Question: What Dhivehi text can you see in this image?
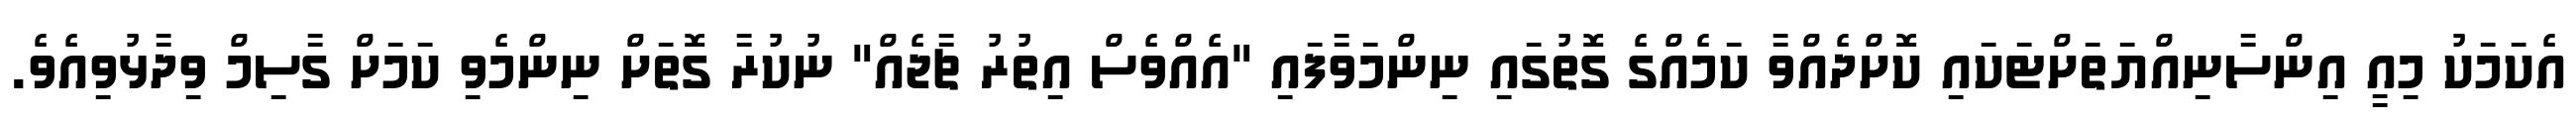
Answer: އެކަމަކު މިއީ އިންސާނިއްޔަތަށްޓަކައި ކޮށްދެއްވާ ކަމެއްގެ ގޮތުގައި ނިންމަވާފައި "އެއްވެސް އިތުރު ޗާޖެއް" ނުކުރާ ގޮތަށް ނިންމެވި ކަމަށް ގާސިމް ވިދާޅުވިއެވެ.